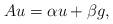
LaTeX: \begin{align*}Au=\alpha u+\beta g,\end{align*}